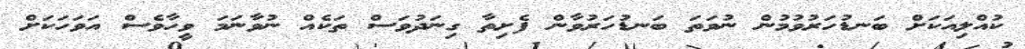
ކުއްލިއަކަށް ބަނޑުހަރުވުމުން ނުވަތަ ބަނޑުހަރުވާން ފެށިތާ ގިނަދުވަސް ތަކެއް ނުވާނަމަ ވީހާވެސް އަވަހަކަށް